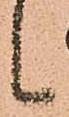
候